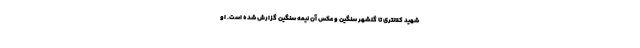
شهید کلانتری تا گلشهر سنگین و عکس آن نیمه سنگین گزارش شده است. او